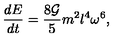
\frac { d E } { d t } = \frac { 8 { \cal G } } { 5 } m ^ { 2 } l ^ { 4 } \omega ^ { 6 } ,